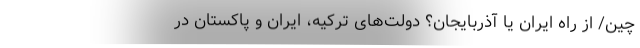
چین/ از راه ایران یا آذربایجان؟ دولت‌های ترکیه، ایران و پاکستان در